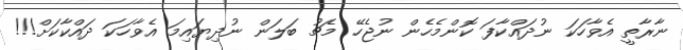
ނާރާތީ އެވާހަކަ ނުދައްކާފަ ކޮންމެހެން ނުޖެހޭ މެޗު ބަލަން ނުދިޔައިމަ އެވާހަކަ ދައްކާކަށް!!!